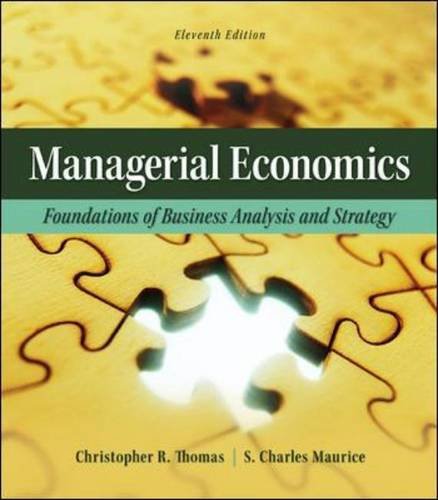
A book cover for Managerial Economics: Foundations of Business Analysis and Strategy (The Mcgraw-Hill Economics Series); Christopher Thomas; Business & Money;